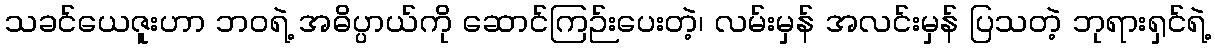
သခင်ယေဇူးဟာ ဘဝရဲ့ အဓိပ္ပာယ်ကို ဆောင်ကြဉ်းပေးတဲ့၊ လမ်းမှန် အလင်းမှန် ပြသတဲ့ ဘုရားရှင်ရဲ့